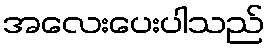
အလေးပေးပါသည်